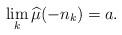
LaTeX: \begin{align*} \lim_k\widehat\mu(-n_k) = a. \end{align*}